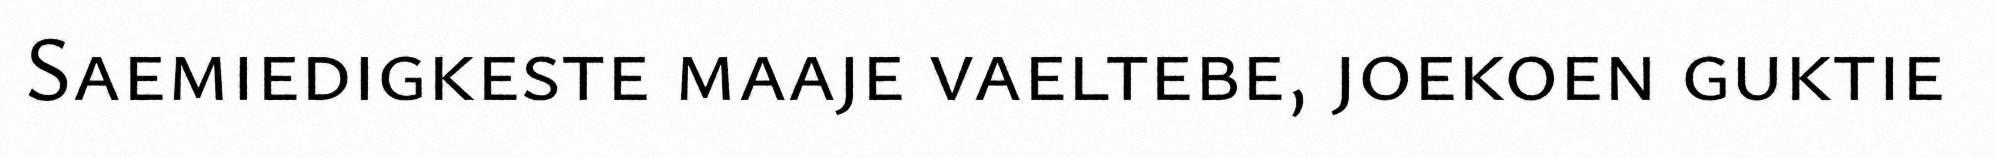
Saemiedigkeste maaje vaeltebe, joekoen guktie